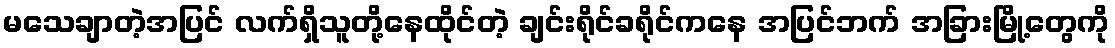
မသေချာတဲ့အပြင် လက်ရှိသူတို့နေထိုင်တဲ့ ချင်းရိုင်ခရိုင်ကနေ အပြင်ဘက် အခြားမြို့တွေကို